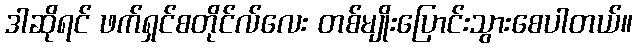
ဒါဆိုရင် ဖက်ရှင်စတိုင်လ်လေး တစ်မျိုးပြောင်းသွားစေပါတယ်။